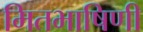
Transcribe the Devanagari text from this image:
मितभाषिणी